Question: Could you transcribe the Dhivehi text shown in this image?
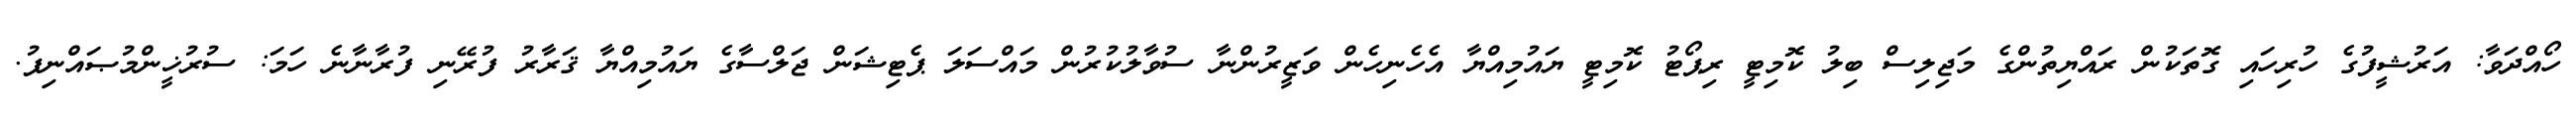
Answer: ހޯއްދަވާ: އަރުޝީފުގެ ހުރިހައި ގޮތަކުން ރައްޔިތުންގެ މަޖިލިސް ބިލު ކޮމިޓީ ރިޕޯޓު ކޮމިޓީ ޔައުމިއްޔާ އެހެނިހެން ވަޒީރުންނާ ސުވާލުކުރުން މައްސަލަ ޕެޓިޝަން ޖަލްސާގެ ޔައުމިއްޔާ ޤަރާރު ފުރޭނި ފުރާނާނެ ހަމަ: ސުރުޚީންމުޞައްނިފު.